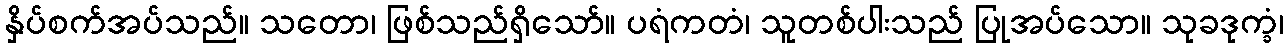
နှိပ်စက်အပ်သည်။ သတော၊ ဖြစ်သည်ရှိသော်။ ပရံကတံ၊ သူတစ်ပါးသည် ပြုအပ်သော။ သုခဒုက္ခံ၊